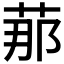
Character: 𦰡